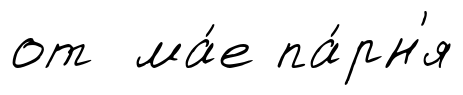
от ма́е па́рн'я